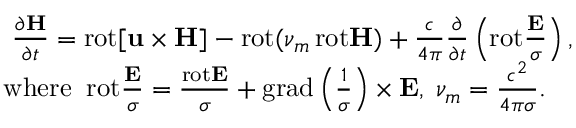
\begin{array} { r } { \frac { \partial { \bf H } } { \partial t } = \mathrm { r o t } { \bf [ u \times H ] } - \mathrm { r o t } ( \nu _ { m } \, \mathrm { r o t } { \bf H } ) + \frac { c } { 4 \pi } \frac { \partial } { \partial t } \left( \mathrm { r o t } \frac { { \bf E } } { \sigma } \right) , \quad } \\ { { { \mathrm { w h e r e } } } \; \; \mathrm { r o t } \frac { { \bf E } } { \sigma } = \frac { \mathrm { r o t } { \bf E } } { \sigma } + \mathrm { g r a d } \left( \frac { 1 } { \sigma } \right) \times { \bf E } , \; \nu _ { m } = \frac { c ^ { 2 } } { 4 \pi \sigma } . \qquad } \end{array}